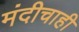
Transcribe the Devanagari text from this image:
मंदीचाही